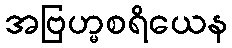
အဗြဟ္မစရိယေန